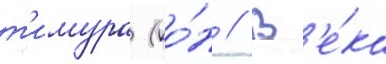
т'имура (ко́н // В'е́ка